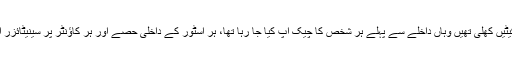
جو محدود دفاتر اور سپر مارکیٹیں کھلی تھیں وہاں داخلے سے پہلے ہر شخص کا چیک اپ کیا جا رہا تھا، ہر اسٹور کے داخلی حصے اور ہر کاؤنٹر پر سینیٹائزر اور دستانے رکھے گئے تھے۔